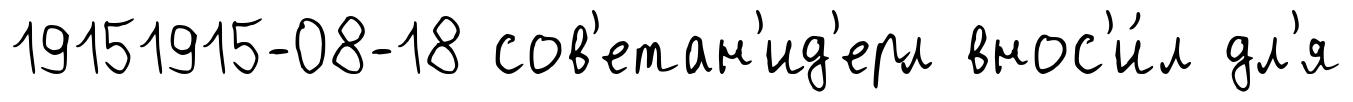
19151915-08-18 сов'етан'ид'ерл внос'и́л дл'я